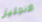
الانجليز